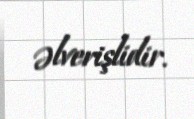
əlverişlidir.